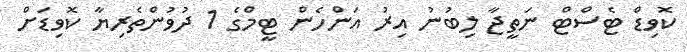
ކޮވިޑް ޓެސްޓް ނަތީޖާ ލިބުނު އިރު އަންހެން ޓީމްގެ 1 ދުވުންތެރިޔާ ކޮވިޑަށް